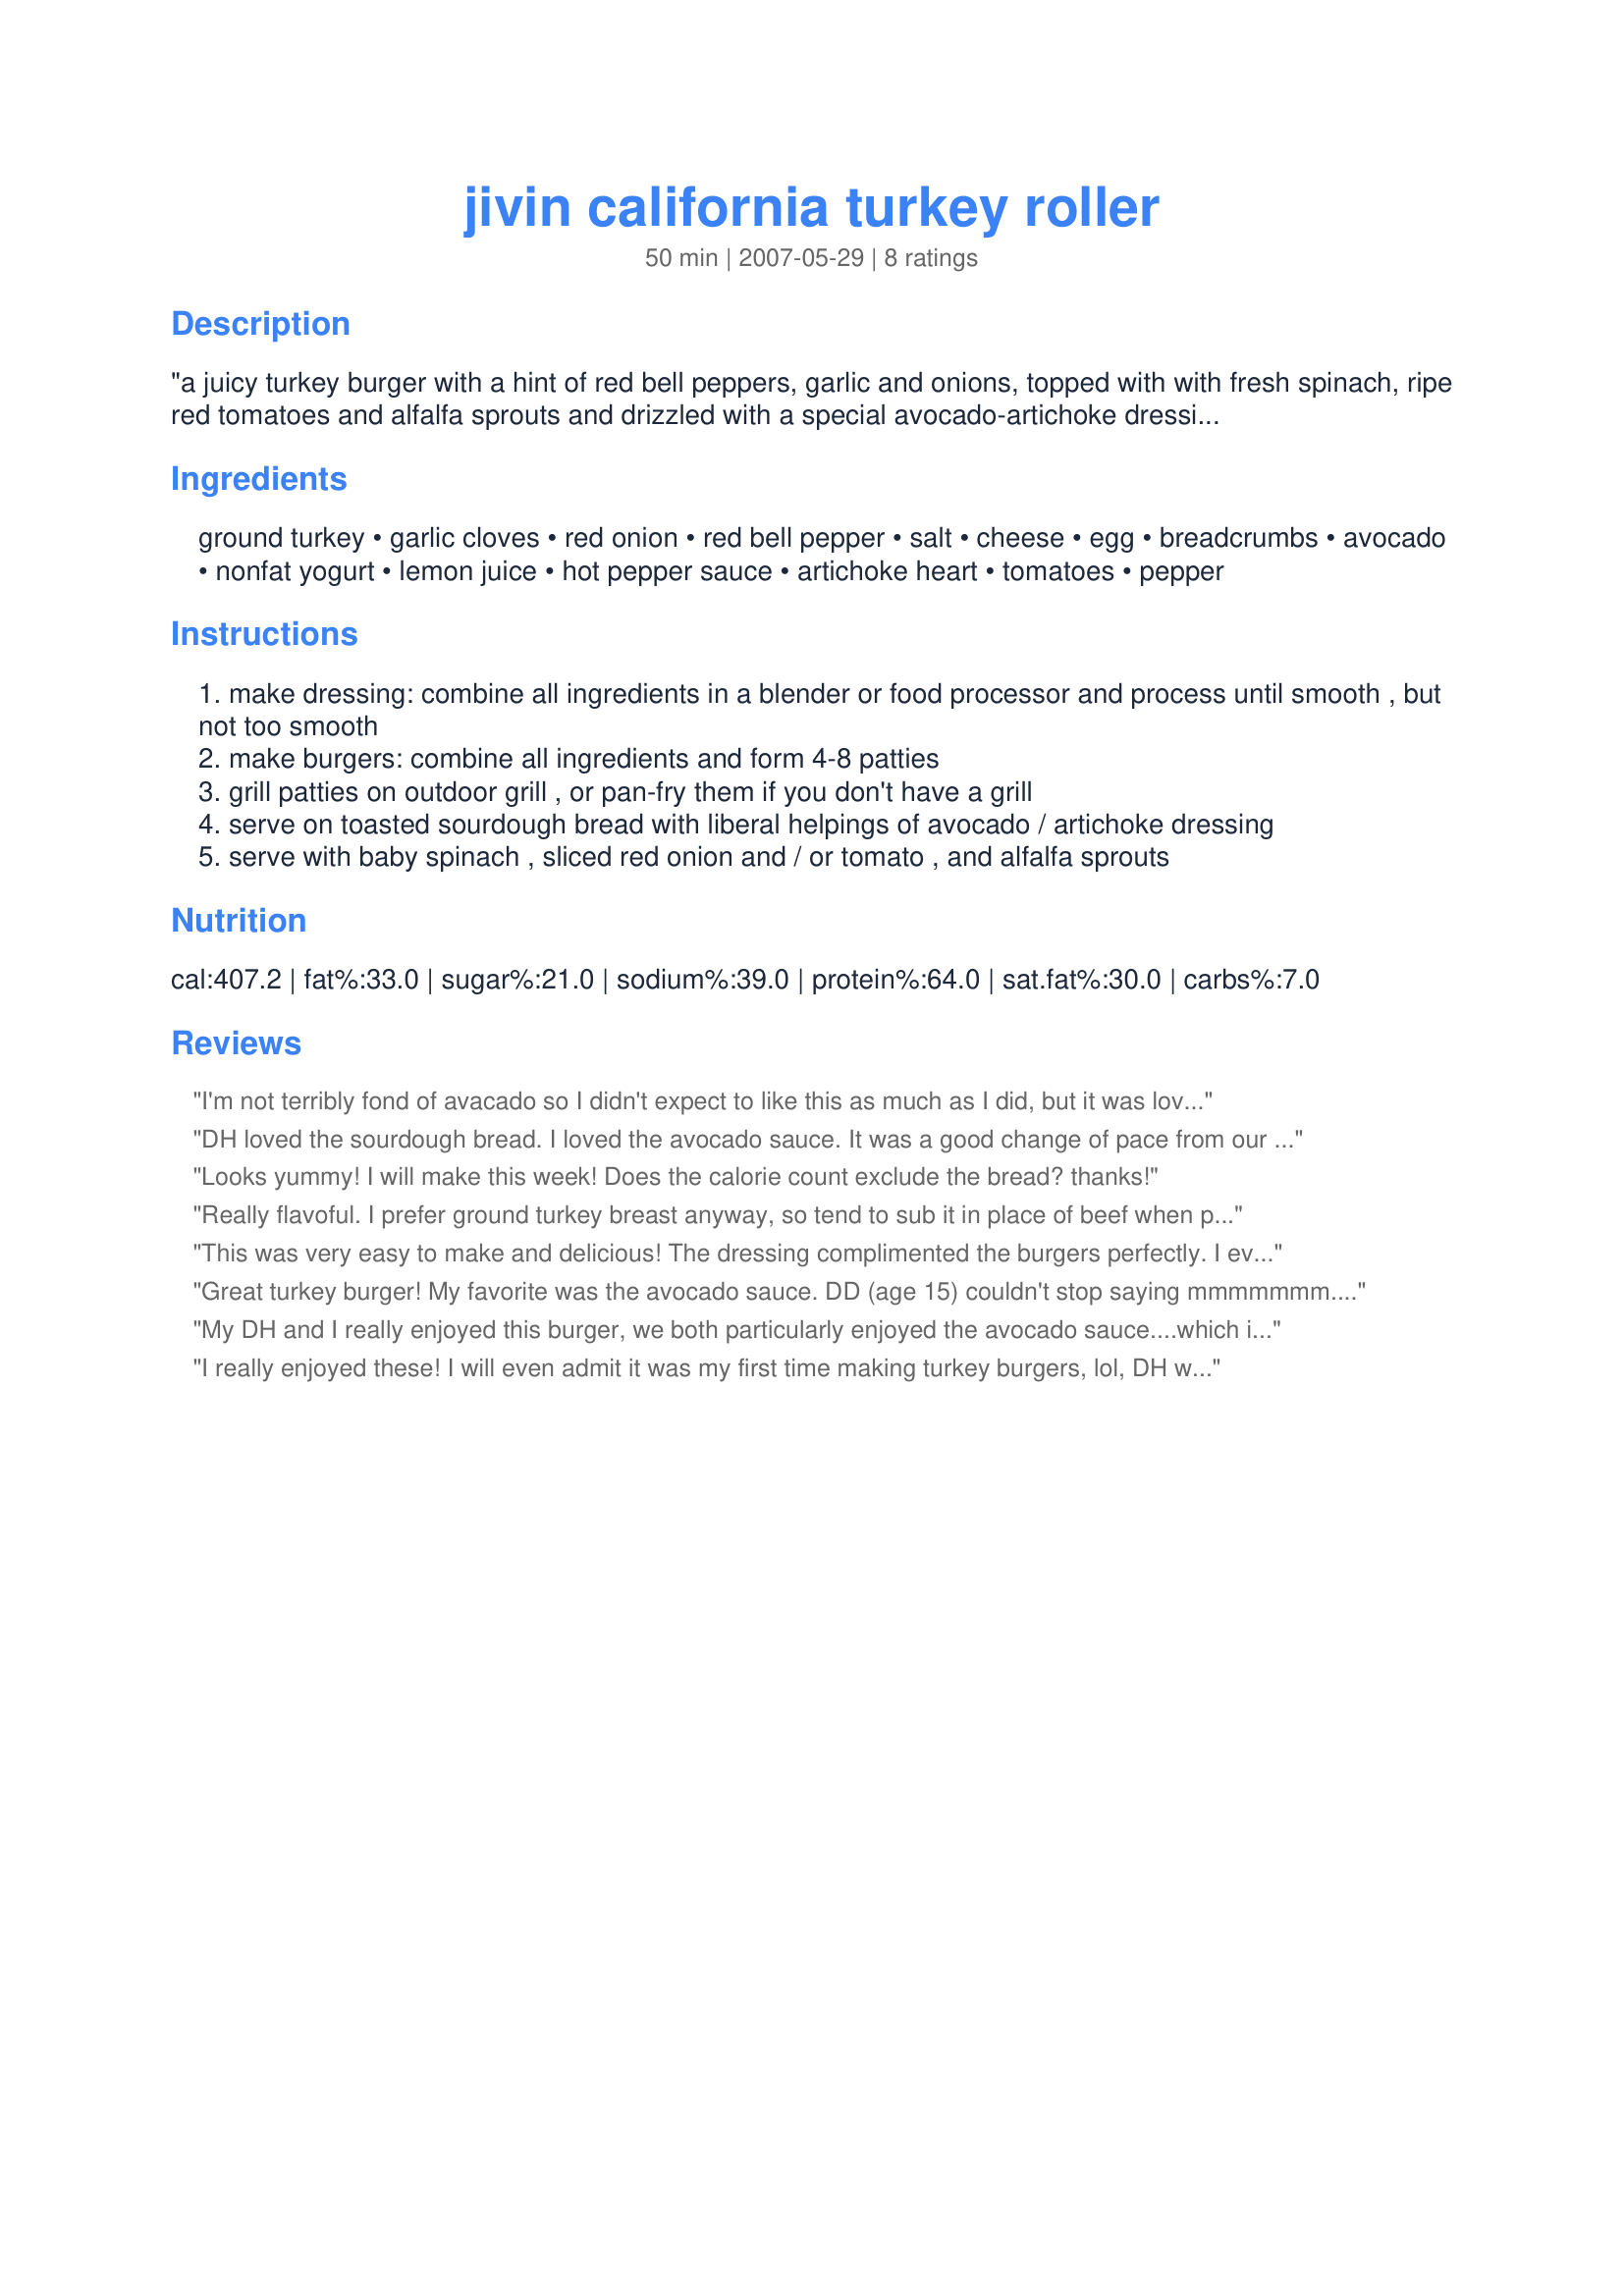
jivin california turkey roller
Preparation time: 50 minutes

"a juicy turkey burger with a hint of red bell peppers, garlic and onions, topped with with fresh spinach, ripe red tomatoes and alfalfa sprouts and drizzled with a special avocado-artichoke dressing. served on two slices of toasted sourdough bread, it's a burger any californian could groove on. and that ain't no jive!" (submitted for the zwt3 "build-a-burger" challenge by the jivin' jelly rollers.)

Ingredients:
ground turkey, garlic cloves, red onion, red bell pepper, salt, cheese, egg, breadcrumbs, avocado, nonfat yogurt, lemon juice, hot pepper sauce, artichoke heart, tomatoes, pepper

Steps:
make dressing: combine all ingredients in a blender or food processor and process until smooth , but not too smooth
make burgers: combine all ingredients and form 4-8 patties
grill patties on outdoor grill , or pan-fry them if you don't have a grill
serve on toasted sourdough bread with liberal helpings of avocado / artichoke dressing
serve with baby spinach , sliced red onion and / or tomato , and alfalfa sprouts

Reviews:
I'm not terribly fond of avacado so I didn't expect to like this as much as I did, but it was love at first bite! The turkey burger was moist and I loved the loads of garlic. I found myself piling on more dressing, it was so good! And the sourdough bread was a terrific choice. I totally forgot to write down the condiments on my grocery list so I just added some green leaf lettuce to the burger. Bravo for a great recipe! Made for ZWT3.
DH loved the sourdough bread. I loved the avocado sauce. It was a good change of pace from our regular turkey burgers.
Looks yummy! I will make this week! Does the calorie count exclude the bread? thanks!
Really flavoful. I prefer ground turkey breast anyway, so tend to sub it in place of beef when possible for a healthy alternative. That is the first part that drew me to this burger. I love the use of artichokes, red peppers and onions, sprouts and the cheeses too ( I used slightly more and a blend of both cheeses for the flavor). I agree with previous reviewers that the dressing makes a nice dip - especially with a corn chip. Nicely done JJ Rollers! ZWT3.
This was very easy to make and delicious! The dressing complimented the burgers perfectly. I even think that I will make the dressing on its own as a dip. Well done Jivin' Jelly Rollers!
Great turkey burger! My favorite was the avocado sauce. DD (age 15) couldn't stop saying mmmmmmm. I added slightly more artichoke hearts to the sauce and next time I will add some red onion to the sauce too. I didn't have sourdough (thought I did), so served on multi-grain toast, which we loved. Oh, and omitted the sprouts because of personal preference. Thanks!
My DH and I really enjoyed this burger, we both particularly enjoyed the avocado sauce....which is also great served as a dip with corn chips. I felt as far as burgers go this is a really healthy option. The only changes I would make would be to add chilli sauce to the meat pattie....that was the only thing that I thought needed spicing up a little.
Reviewed for ZWT3 Burger Challenge.
I really enjoyed these! I will even admit it was my first time making turkey burgers, lol, DH was not sure about this whole thing, "A burger should be meat" I believe his words were. Well, he ate two of these so I guess they weren't too bad!! I did make a couple of substitutions. I used sour cream in place of the yogurt for the sauce and used a four cheese semolina for the bread. I really thought they came out wonderful. I cooked them on the grill, started them out on tin foil and then moved them to the grill racks. Thanks to you all, good luck with the ZWT!!
